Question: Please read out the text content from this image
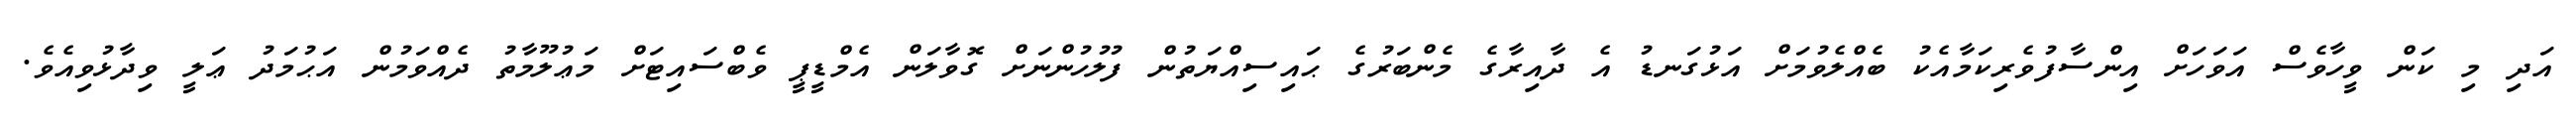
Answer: އަދި މި ކަން ވީހާވެސް އަވަހަށް އިންސާފުވެރިކަމާއެކު ބެއްލެވުމަށް އަޅުގަނޑު އެ ދާއިރާގެ މެންބަރުގެ ޙައިސިއްޔަތުން ފުލުހުންނަށް ގޮވާލަން އެމްޑީޕީ ވެބްސައިޓަށް މަޢުލޫމާތު ދެއްވަމުން އަޙުމަދު ޢަލީ ވިދާޅުވިއެވެ.